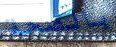
بالصحة